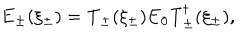
{ \bf E } _ { \pm } ( \xi _ { \pm } ) = \mathrm { T } _ { \pm } ( \xi _ { \pm } ) { \bf E } _ { 0 } \mathrm { T } _ { \pm } ^ { \dagger } ( \xi _ { \pm } ) ,